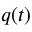
q ( t )